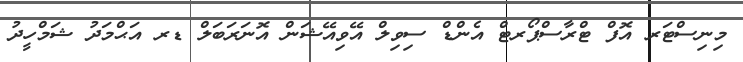
މިނިސްޓަރ އޮފް ޓްރާސްޕޯރޓް އެންޑް ސިވިލް އޭވިއޭޝަން އޮނަރަބަލް ޑރ އަޙްމަދު ޝަމްހީދު